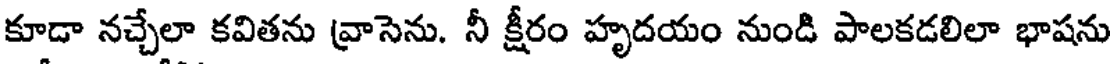
కూడా నచ్చేలా కవితను వ్రాసెను. నీ క్షీరం హృదయం నుండి పాలకడలిలా భాషను